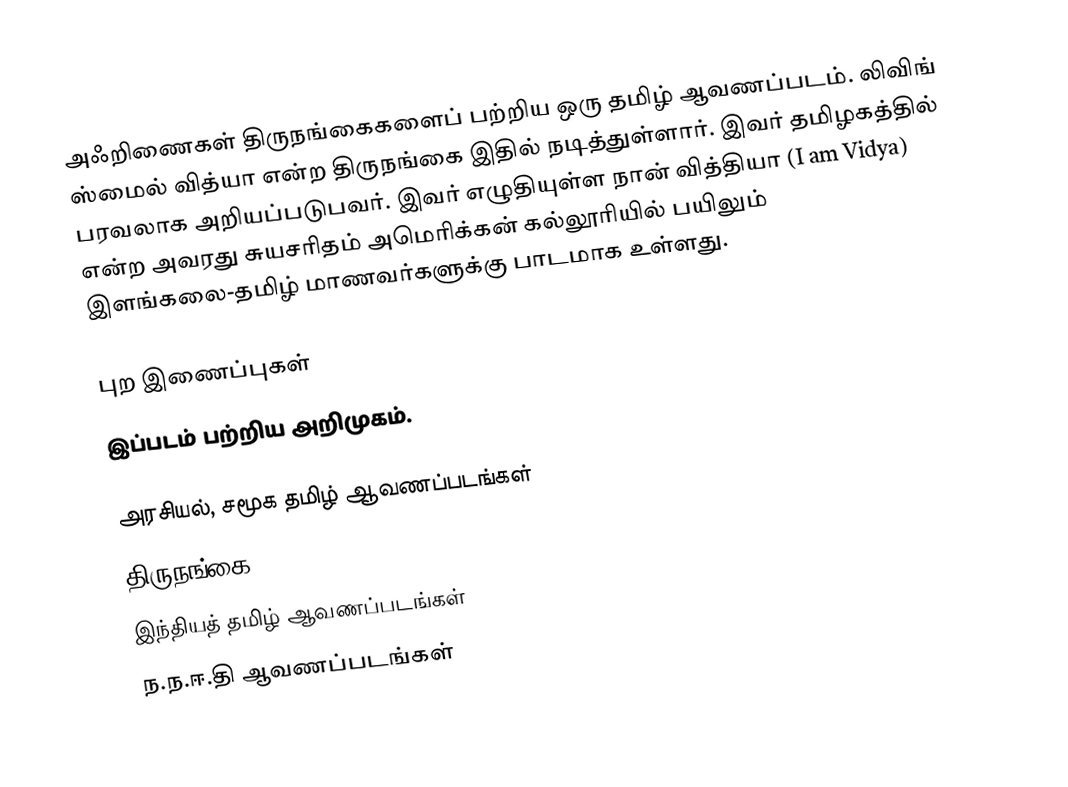
அஃறிணைகள் திருநங்கைகளைப் பற்றிய ஒரு தமிழ் ஆவணப்படம். லிவிங் ஸ்மைல் வித்யா என்ற திருநங்கை இதில் நடித்துள்ளார். இவர் தமிழகத்தில் பரவலாக அறியப்படுபவர். இவர் எழுதியுள்ள நான் வித்தியா (I am Vidya) என்ற அவரது சுயசரிதம் அமெரிக்கன் கல்லூரியில் பயிலும் இளங்கலை-தமிழ் மாணவர்களுக்கு பாடமாக உள்ளது.

புற இணைப்புகள்
இப்படம் பற்றிய அறிமுகம்.

அரசியல், சமூக தமிழ் ஆவணப்படங்கள்
திருநங்கை
இந்தியத் தமிழ் ஆவணப்படங்கள்
ந.ந.ஈ.தி ஆவணப்படங்கள்